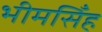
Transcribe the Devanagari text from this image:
भीमसिँह